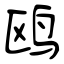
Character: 鸥